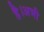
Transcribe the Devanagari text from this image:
है।अभी